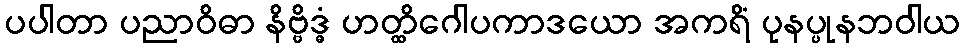
ပပါတာ ပညာဝိဓာ နိဗ္ဗိဒ္ဓံ ဟတ္ထိဂေါပကာဒယော အကရိံ ပုနပ္ပုနဘဝါယ